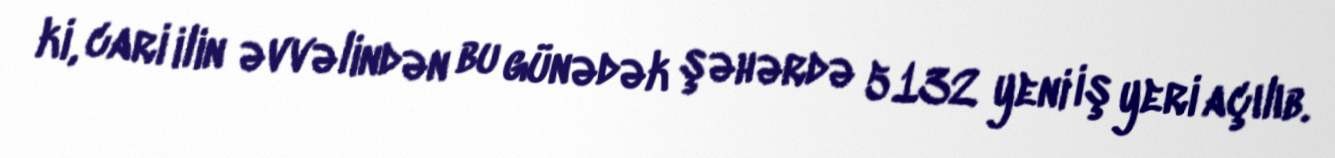
ki, cari ilin əvvəlindən bu günədək şəhərdə 5132 yeni iş yeri açılıb.